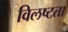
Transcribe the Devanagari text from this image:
विलष्टता